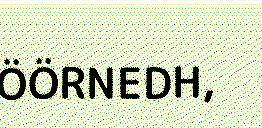
ÖÖRNEDH,